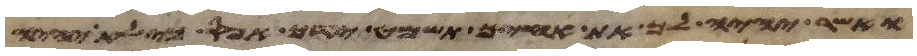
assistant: ואשר יהיה לך את אחיך תשמט ידך אפס כי לא יהיה